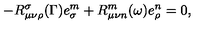
- R _ { \mu \nu \rho } ^ { \sigma } ( \Gamma ) e _ { \sigma } ^ { m } + R _ { \mu \nu n } ^ { m } ( \omega ) e _ { \rho } ^ { n } = 0 ,